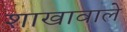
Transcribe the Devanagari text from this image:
शाखावाले